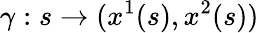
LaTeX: \gamma:s\rightarrow(x^{1}(s),x^{2}(s))